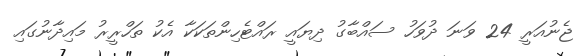
ޖެނުއަރީ 24 ވަނަ ދުވަހު ސައްބާގު ދިޔައީ ރައްޓެހިންތަކަކާ އެކު ތަހްރީރު މައިދާނުގައި